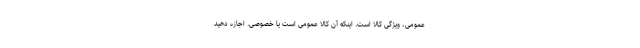
عمومی، ویژگی کالا است. اینکه آن کالا عمومی است یا خصوصی. اجازه دهید